Civil Veterinary Dept. Bombay admin report 1893-99 - 1893-1899
Year: 1893
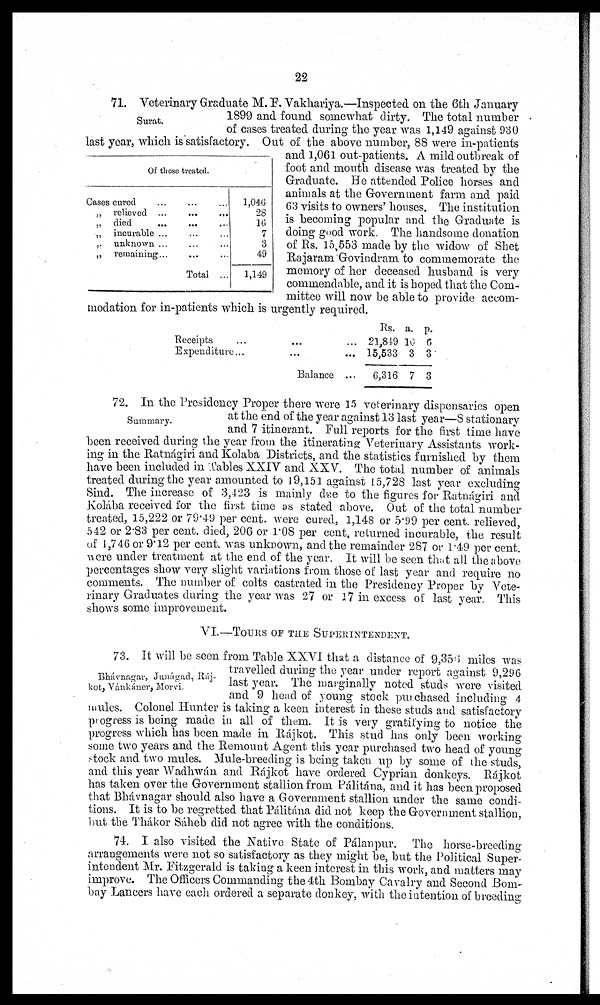
22
Surat.
Of those treated.
Cases cured ... ... ...
„ relieved ...
...
...
„ died
...
...
...
„ incurable ... ... ...
„ unknown ... ... ...
„ remaining ... ... ...
Total ...
1,046
28
16
7
3
49
1,149
71. Veterinary Graduate M. F. Vakhariya.—Inspected on the 6th January
1899 and found somewhat dirty. The total number
of cases treated during the year was 1,149 against 930
last year, which is satisfactory. Out of the above number, 88 were in-patients
and 1,061 out-patients. A mild outbreak of
foot and mouth disease was treated by the
Graduate. He attended Police horses and
animals at the Government farm and paid
63 visits to owners' houses. The institution
is becoming popular and the Graduate is
doing good work. The handsome donation
of Rs. 15,553 made by the widow of Shet
Rajaram Govindram to commemorate the
memory of her deceased husband is very
commendable, and it is hoped that the Com-
mittee will now be able to provide accom-
modation for in-patients which is urgently required.
Receipts
...
...
...
Expenditure ...
...
...
Balance ...
Rs.
21,849
15,533
6,316
a.
10
3
7
p.
6
3
3
Summary.
72. In the Presidency Proper there were 15 veterinary dispensaries open
at the end of the year against 13 last year—8 stationary
and 7 itinerant. Full reports for the first time have
been received during the year from the itinerating Veterinary Assistants work-
ing in the Ratnágiri and Kolaba Districts, and the statistics furnished by them
have been included in Tables XXIV and XXV. The total number of animals
treated during the year amounted to 19,151 against 15,728 last year excluding
Sind. The increase of 3,423 is mainly due to the figures for Ratnágiri and
Kolába received for the first time as stated above. Out of the total number
treated, 15,222 or 79.49 per cent. were cured, 1,148 or 5.99 per cent. relieved,
542 or 2.83 per cent. died, 206 or 1.08 per cent, returned incurable, the result
of 1,746 or 9.12 per cent. was unknown, and the remainder 287 or 1.49 per cent.
were under treatment at the end of the year. It will be seen that all the above
percentages show very slight variations from those of last year and require no
comments. The number of colts castrated in the Presidency Proper by Vete-
rinary Graduates during the year was 27 or 17 in excess of last year. This
shows some improvement.
VI.—TOURS OF THE SUPERINTENDENT.
Bhávnagar, Junágad, Ráj¬
kot, Vánkáner, Morvi.
73. It will be seen from Table XXVI that a distance of 9,356 miles was
travelled during the year under report against 9,296
last year. The marginally noted studs were visited
and 9 head of young stock purchased including 4
mules. Colonel Hunter is taking a keen interest in these studs and satisfactory
progress is being made in all of them. It is very gratifying to notice the
progress which has been made in Rájkot. This stud has only been working
some two years and the Remount Agent this year purchased two head of young
stock and two mules. Mule-breeding is being taken up by some of the studs,
and this year Wadhwán and Rájkot have ordered Cyprian donkeys. Rájkot
has taken over the Government stallion from Pálitána, and it has been proposed
that Bhávnagar should also have a Government stallion under the same condi-
tions. It is to be regretted that Pálitána did not keep the Government stallion,
but the Tháker Sáheb did not agree with the conditions.
74. I also visited the Native State of Pálanpur. The horse-breeding
arrangements were not so satisfactory as they might be, but the Political Super-
intendent Mr. Fitzgerald is taking a keen interest in this work, and matters may
improve. The Officers Commanding the 4th Bombay Cavalry and Second Bom-
bay Lancers have each ordered a separate donkey, with the intention of breeding